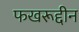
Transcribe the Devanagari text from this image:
फखरूद्दीन